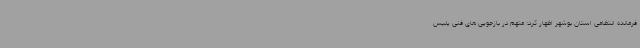
فرمانده انتظامی استان بوشهر اظهار کرد: متهم در بازجویی های فنی پلیس